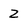
Character: z